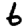
Digit: 6